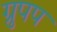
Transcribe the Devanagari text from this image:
ग्रुपप